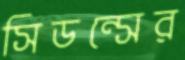
সিডন্সের